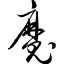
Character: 魔